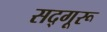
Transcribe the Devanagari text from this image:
सद्गूरू